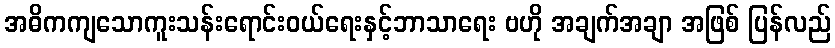
အဓိကကျသောကူးသန်းရောင်းဝယ်ရေးနှင့်ဘာသာရေး ဗဟို အချက်အချာ အဖြစ် ပြန်လည်